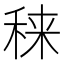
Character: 𥟂